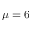
\protect \mu = 6